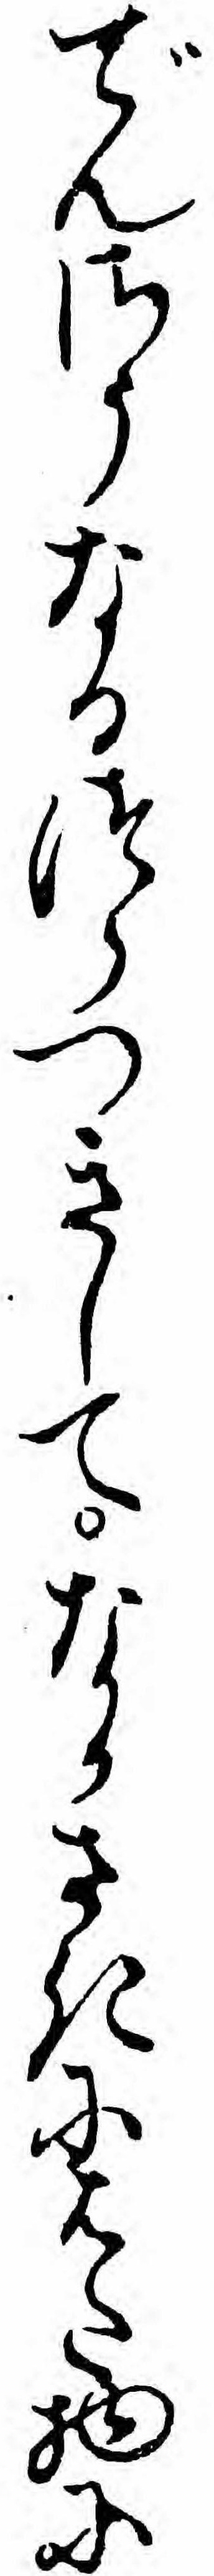
でんさうなるつらつきしてなかさきにはた物に